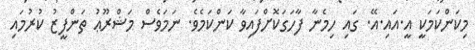
މިކަންކަމަކީީ އީ.އައި.އޭ. ގައި ހިމެނާ ފާހަގަކޮށްފައިވާ ކަންކަމެވެ. ނަަމަވެސް މަޝްރޫޢު ތަންފީޒު ކުރުމައި